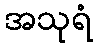
အသုရံ